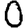
Digit: 0